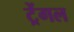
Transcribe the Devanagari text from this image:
ट्रेंगल